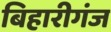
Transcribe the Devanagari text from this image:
बिहारीगंज